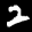
Label: 2